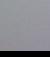
Signature authenticity: genuine